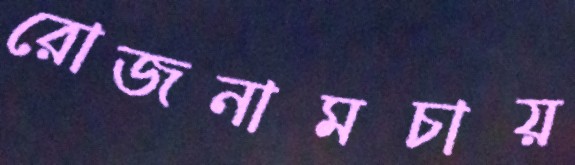
রোজনামচায়